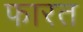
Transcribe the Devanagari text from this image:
फारत